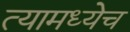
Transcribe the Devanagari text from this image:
त्यामध्येच